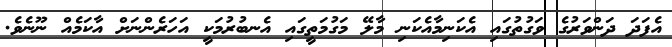
އެފަދަ ދަންވަރުގެ ވަގުތުގައި އެކަނިމާއެކަނި މާލޭ މަގުމަތީގައި އެނބުރުމަކީ އަހަރެންނަށް އާކަމެއް ނޫނެވެ.